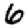
Digit: 6